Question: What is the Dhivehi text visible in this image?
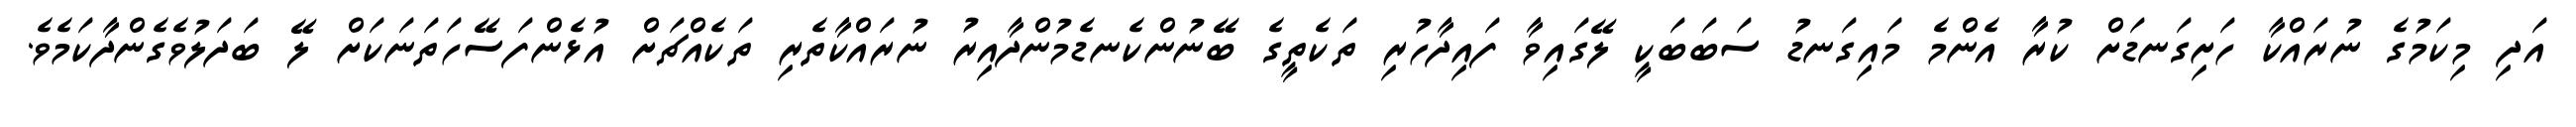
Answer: އަދި މިކަމުގެ ނުރައްކާ ހަށިގަނޑަށް ކުރާ އެންމެ މައިގަނޑު ސަބަބަކީ ލޭގައިވާ ފައިދާހުރި ތަކެތީގެ ބޭނުންކެނޑެމުންދާއިރު ނުރައްކާތެރި ތަކެއްޗަށް އުޅެންފަސޭހަތަނަކަށް ލޭ ބަދަލުވެގެންދާކަމެވެ.